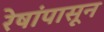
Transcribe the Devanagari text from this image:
रेषांपासून